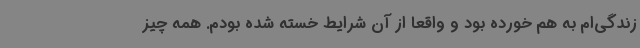
زندگی‌ام به هم خورده بود و واقعا از آن شرایط خسته شده بودم. همه چیز